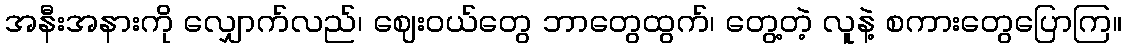
အနီးအနားကို လျှောက်လည်၊ ဈေးဝယ်တွေ ဘာတွေထွက်၊ တွေ့တဲ့ လူနဲ့ စကားတွေပြောကြ။